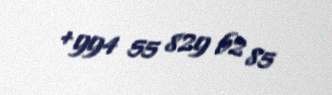
+994 55 829 62 85